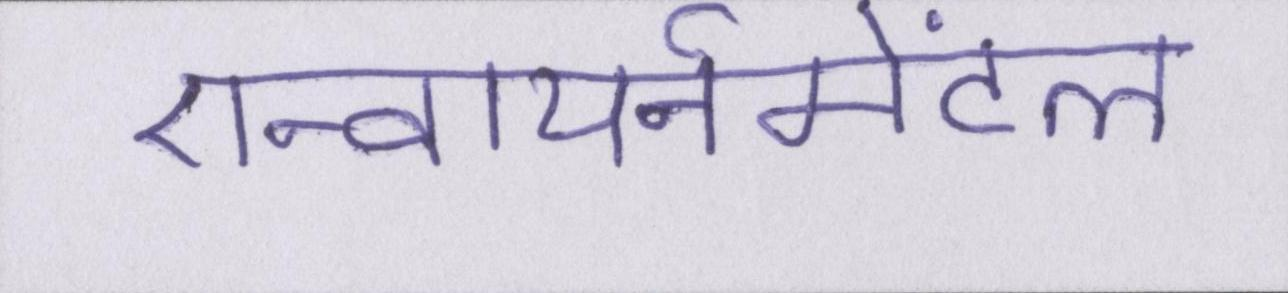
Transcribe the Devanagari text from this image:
एन्वायर्नमेंटल